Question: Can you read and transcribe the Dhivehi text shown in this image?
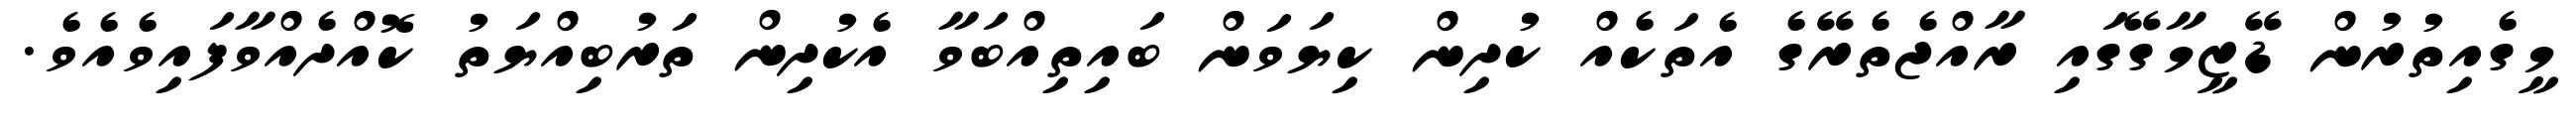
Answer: މީގެއިތުރުން ޑޭޒީމާގޭގައި ރާއްޖެތެރޭގެ އެތަކެއް ކުދިން ކިޔަވަން ބައިތިއްބަވާ އެކުދިން ތަރުބިއްޔަތު ކޮއްދެއްވާފައިވެއެވެ.